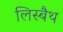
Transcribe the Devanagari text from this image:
लिस्बैथ